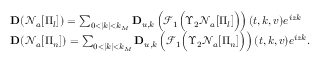
\begin{array} { r l } & { \mathbf { D } ( \mathcal { N } _ { a } [ \Pi _ { l } ] ) = \sum _ { 0 < | k | < k _ { M } } \mathbf { D } _ { u , k } \left( \mathcal { F } _ { 1 } \Big ( \Upsilon _ { 2 } \mathcal { N } _ { a } [ \Pi _ { l } ] \Big ) \right) ( t , k , v ) e ^ { i z k } } \\ & { \mathbf { D } ( \mathcal { N } _ { a } [ \Pi _ { n } ] ) = \sum _ { 0 < | k | < k _ { M } } \mathbf { D } _ { u , k } \left( \mathcal { F } _ { 1 } \Big ( \Upsilon _ { 2 } \mathcal { N } _ { a } [ \Pi _ { n } ] \Big ) \right) ( t , k , v ) e ^ { i z k } . } \end{array}